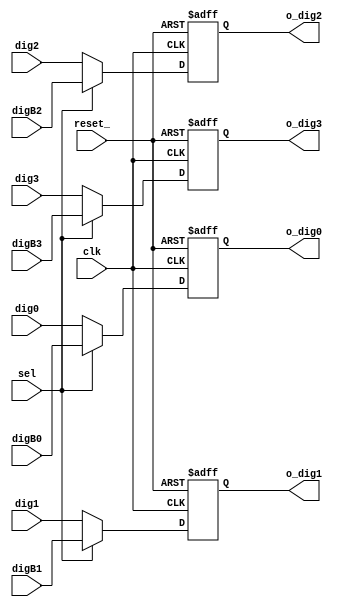
module Mux(clk, reset_,sel,dig0,dig1,dig2,dig3,digB0,digB1,digB2,digB3,o_dig0,o_dig1,o_dig2,o_dig3);


// ***** Intrari
input clk;
input reset_;
input sel;
input [3:0] dig0;
input [3:0] dig1;
input [3:0] dig2;
input [3:0] dig3;
input [3:0] digB0;
input [3:0] digB1;
input [3:0] digB2;
input [3:0] digB3;

// ** Iesiri

output [3:0] o_dig0;
output [3:0] o_dig1;
output [3:0] o_dig2;
output [3:0] o_dig3;


reg [3:0] r_dig0_ff, r_dig0_nxt;
reg [3:0] r_dig1_ff, r_dig1_nxt;
reg [3:0] r_dig2_ff, r_dig2_nxt;
reg [3:0] r_dig3_ff, r_dig3_nxt;


assign o_dig0 = r_dig0_ff;
assign o_dig1 = r_dig1_ff;
assign o_dig2 = r_dig2_ff;
assign o_dig3 = r_dig3_ff;


always@(*)
	begin
		r_dig0_nxt = r_dig0_ff;
	    r_dig1_nxt = r_dig1_ff;
	    r_dig2_nxt = r_dig2_ff;
	    r_dig3_nxt = r_dig3_ff;
		
		if(sel)
			begin
				r_dig0_nxt = digB0;
			    r_dig1_nxt = digB1;
			    r_dig2_nxt = digB2;
			    r_dig3_nxt = digB3;
			end
			
		else
			begin
				r_dig0_nxt = dig0;
			    r_dig1_nxt = dig1;
			    r_dig2_nxt = dig2;
			    r_dig3_nxt = dig3;
			
			
			end
		
	end
	
always@(posedge clk or negedge reset_)
	begin
		if(~reset_)
			begin
				r_dig0_ff <= 4'b0;
			    r_dig1_ff <= 4'b0;
			    r_dig2_ff <= 4'b0;
			    r_dig3_ff <= 4'b0;
			end
		else
			begin
				r_dig0_ff <= r_dig0_nxt;
			    r_dig1_ff <= r_dig1_nxt;
			    r_dig2_ff <= r_dig2_nxt;
			    r_dig3_ff <= r_dig3_nxt;
			end
	end






endmodule